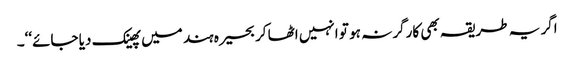
اگر یہ طریقہ بھی کارگر نہ ہو تو انہیں اٹھا کر بحیرہ ہند میں پھینک دیا جائے‘‘۔